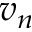
v _ { n }